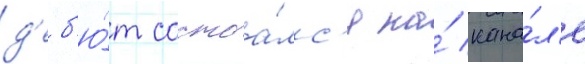
д'еб'ю́т состоа́лс'я на́ кана́л'е